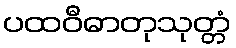
ပထဝီဓာတုသုတ္တံ